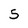
Character: 5